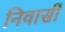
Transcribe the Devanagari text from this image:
निवासीं